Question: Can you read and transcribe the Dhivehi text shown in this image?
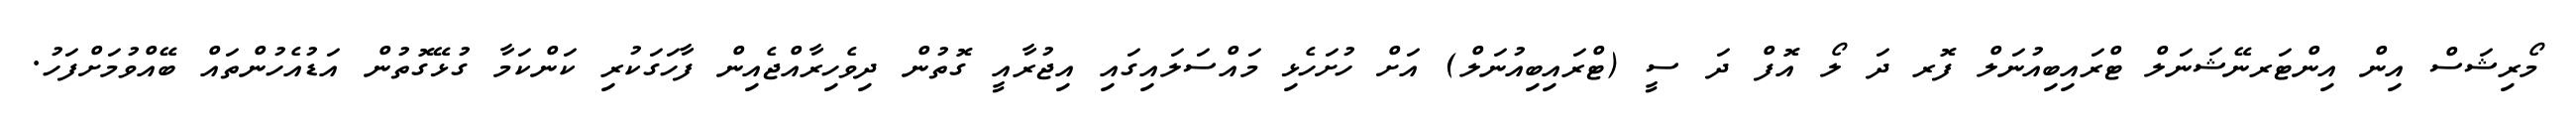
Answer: މޯރިޝަސް އިން އިންޓަރނޭޝަނަލް ޓްރައިބިއުނަލް ފޮރ ދަ ލޯ އޮފް ދަ ސީ (ޓްރައިބިއުނަލް) އަށް ހުށަހެޅި މައްސަލައިގައި އިޖުރާއީ ގޮތުން ދިވެހިރާއްޖެއިން ފާހަގަކުރި ކަންކަމާ ގުޅޭގޮތުން އަޑުއެހުންތައް ބޭއްވުމަށްފަހު.